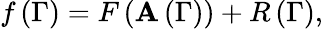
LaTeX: f\left(\Gamma\right)=F\left(\mathbf{A}\left(\Gamma\right)\right)+R\left(\Gamma\right),